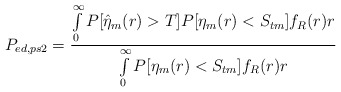
\begin{align*}P_{ed, ps2}=\frac{\int\limits_{0}^{\infty}P[\hat{\eta}_m(r)>T]P[\eta_m(r)<S_{tm}]f_R(r)r}{\int\limits_{0}^{\infty}P[\eta_m(r)<S_{tm}]f_R(r)r}\end{align*}